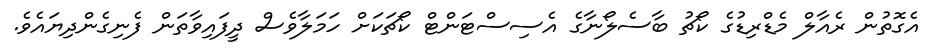
އެގޮތުން ރެއާލް މެޑްރިޑުގެ ކޯޗު ބާސެލޯނާގެ އެސިސްޓަންޓް ކޯޗަކަށް ހަމަލާވެސް ދީފައިވާތަން ފެނިގެންދިޔައެވެ.